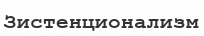
Зистенционализм